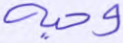
وحيه